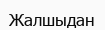
Жалшыдан